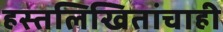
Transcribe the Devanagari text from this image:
हस्तलिखितांचाही